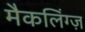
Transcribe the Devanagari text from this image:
मैकलिंग्ज़